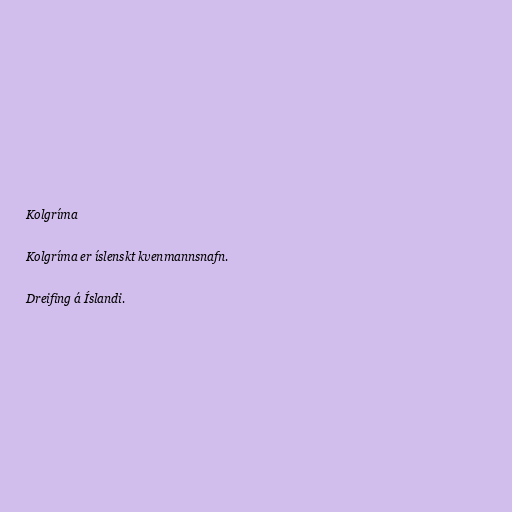
Kolgríma

Kolgríma er íslenskt kvenmannsnafn.

Dreifing á Íslandi.